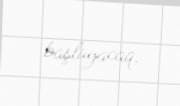
başlayacaq.